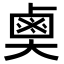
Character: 𪉗